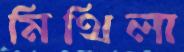
মিথিলা